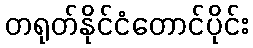
တရုတ်နိုင်ငံတောင်ပိုင်း